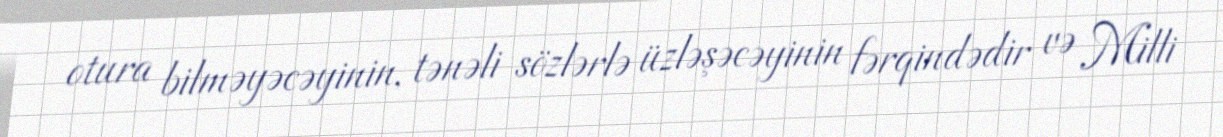
otura bilməyəcəyinin, tənəli sözlərlə üzləşəcəyinin fərqindədir və Milli